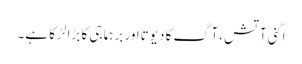
اگنی آتش ،آگ کا دیوتااور برہما جی کا بڑا لڑکا ہے۔